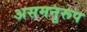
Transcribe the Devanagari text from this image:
असमनुरूप